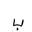
Letter: _ba